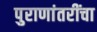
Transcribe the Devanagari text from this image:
पुराणांतरींचा